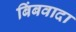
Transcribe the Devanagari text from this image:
बिंबवादा